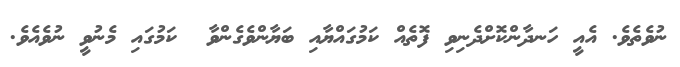
ނުވެތެވެ. އެއީ ހަނދާންކޮށްދެނިވި ފޮތެއް ކަމުގައްޔާއި ބަޔާންވެގެންވާ  ކަމުގައި މެނުވީ ނުވެއެވެ.